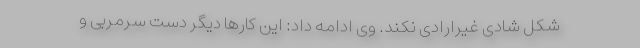
شکل شادی غیرارادی نکند. وی ادامه داد: این کارها دیگر دست سرمربی و